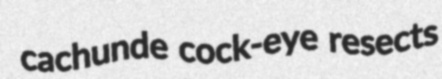
cachunde cock-eye resects